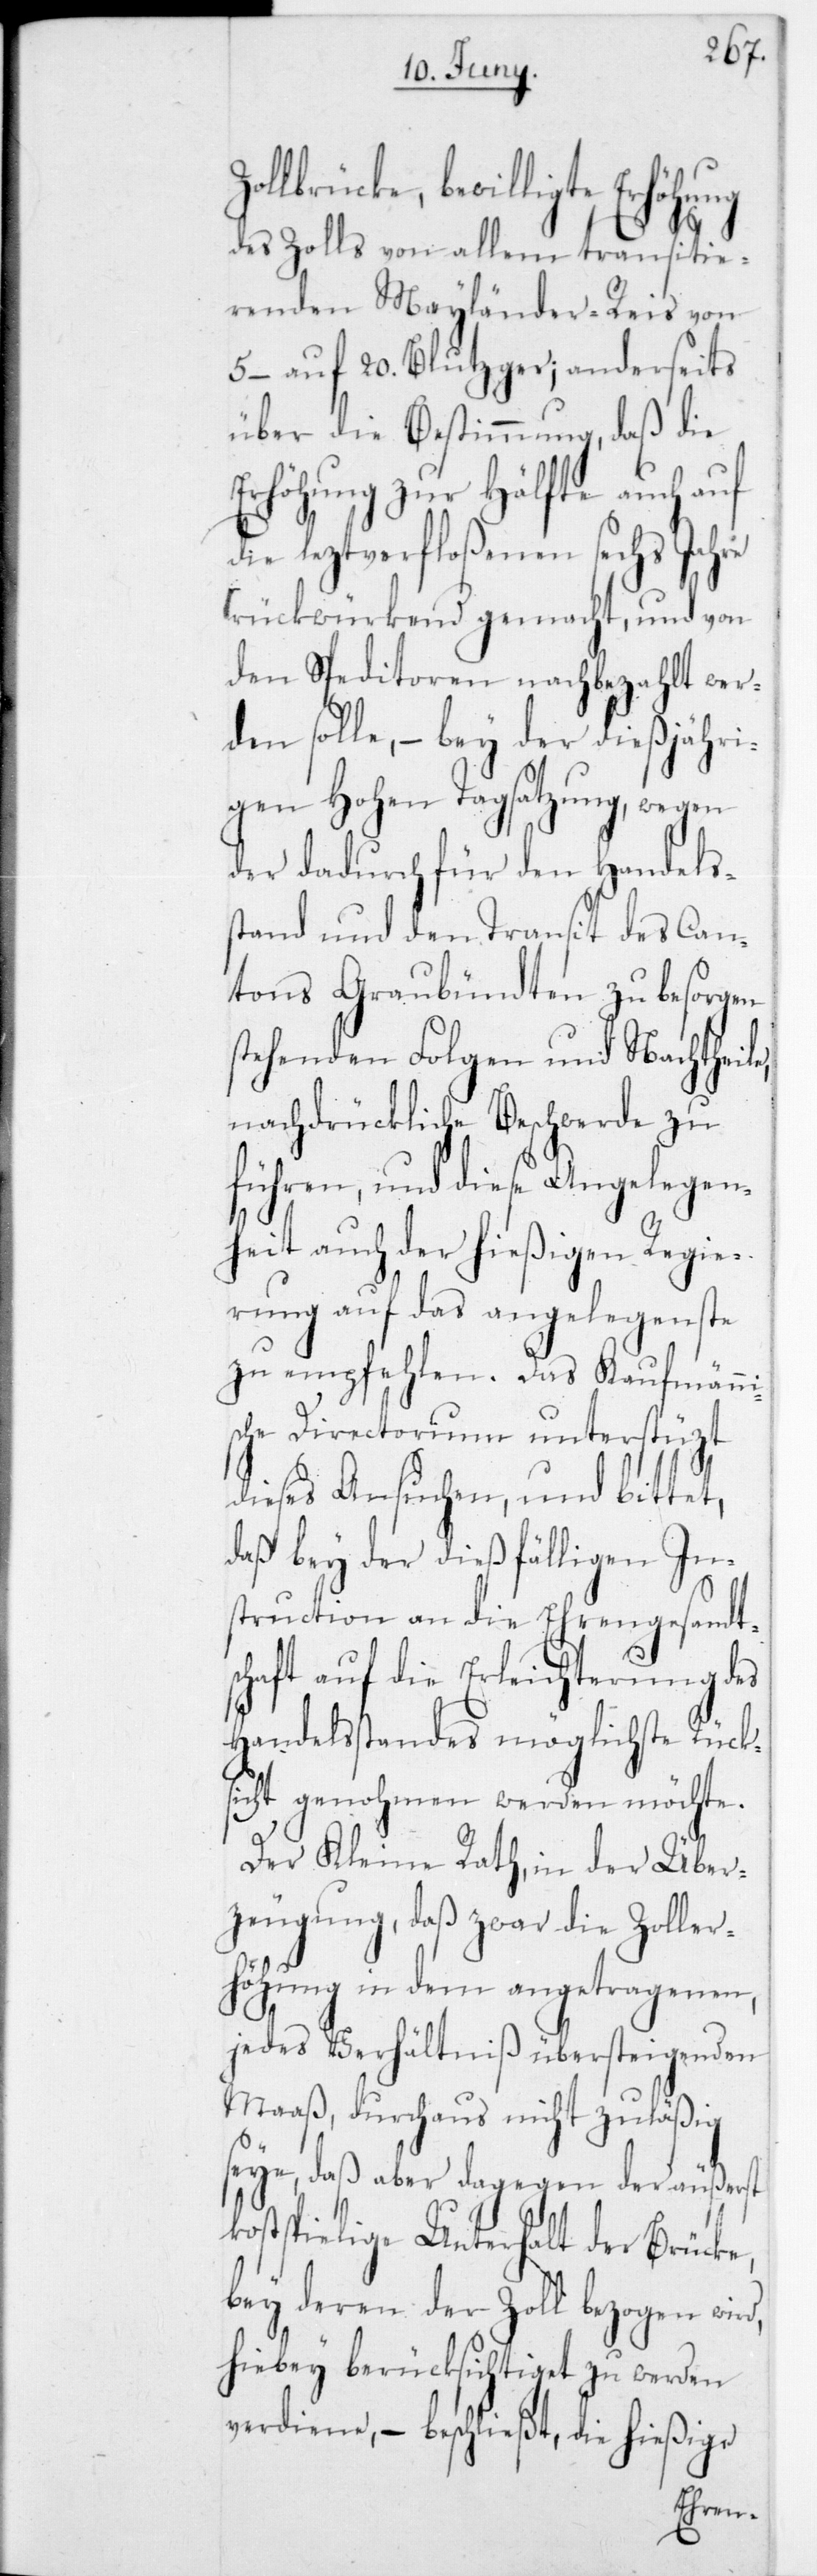
d,
bewilligte Erhöhung
des Zolls von allem transitie¬
renden Mailänder-Reis
5– auf 20 Blutzger; anderseits
über die Bestimmung, daß die
Erhöhung zur Hälfte auch auf
die leztverfloßenen sechs Jahre
rückwürkend gemacht, und von
den Speditoren nachbezahlt wer¬
den solle, – bey der dießjähri¬
gen Hohen Tagsatzung, wegen
der dadurch für den Handels¬
stand und den Transit des Can¬
tons Graubündten zu besorgen
stehenden Folgen und Nachtheile,
nachdrückliche Beschwerde zu
führen, und diese Angelegen¬
heit auch der hießigen Regie¬
rung auf das angelegenste
zu empfehlen. Das Kaufmänni¬
sche Directorium unterstüzt
dieses Ansuchen, und bittet,
daß bey der dießfälligen Ins¬
truction an die Ehrengesandt¬
schaft auf die Erleichterung des
Handelsstandes möglichste Rücks¬
icht genohmen werden möchte.
Der Kleine Rath, in der Über¬
zeugung, daß zwar die Zoller¬
höhung in dem angetragenen,
jedes Verhältniß übersteigenden
Maaß, durchaus nicht zuläßig
seye, daß aber dagegen der äußerst
kostspielige Unterhalt der Brücke,
bey deren der Zoll bezogen wir¬
hiebey berücksichtiget zu werden
verdiene, – beschließt, die hießige